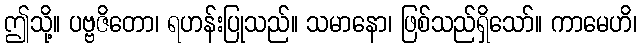
ဤသို့။ ပဗ္ဗဇိတော၊ ရဟန်းပြုသည်။ သမာနော၊ ဖြစ်သည်ရှိသော်။ ကာမေဟိ၊